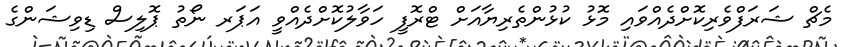
މެޗް ޝަރަފްވެރިކޮށްދެއްވައި މޮޅު ކުޅުންތެރިޔާއަށް ޓްރޮފީ ހަވާލުކޮށްދެއްވީ އަޕަރ ނޯތު ޕޮލިސް ޑިވިޝަންގެ